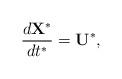
LaTeX: \begin{align*}\dfrac{d\mathbf{X^{*}}}{dt^{*}} = \mathbf{U^{*}},\end{align*}